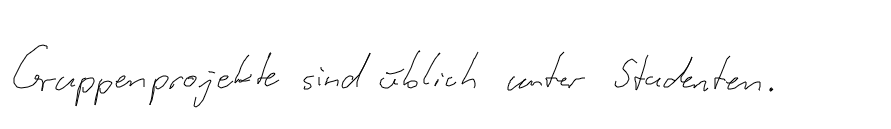
Gruppenprojekte sind üblich unter Studenten.